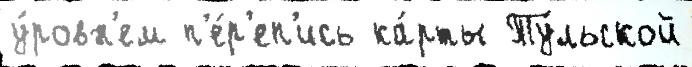
у́ровн'ем п'е́р'еп'ись ка́рты Ту́льской